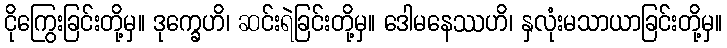
ငိုကြွေးခြင်းတို့မှ။ ဒုက္ခေဟိ၊ ဆင်းရဲခြင်းတို့မှ။ ဒေါမနေဿဟိ၊ နှလုံးမသာယာခြင်းတို့မှ။